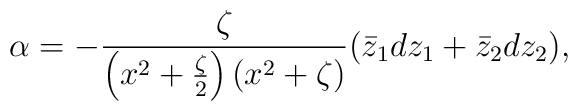
\alpha = - {\zeta \over \left(x^2 +{\zeta \over 2}\right)\left(x^2 +\zeta\right)}(\bar{z}_1 dz_1 + \bar{z}_2 dz_2),